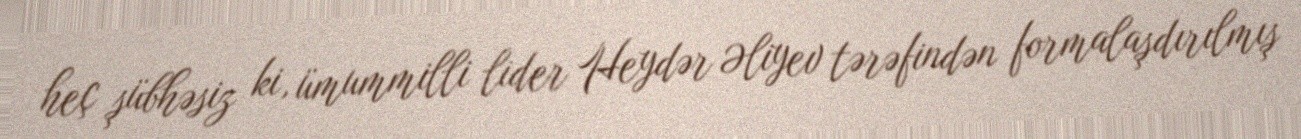
heç şübhəsiz ki, ümummilli lider Heydər Əliyev tərəfindən formalaşdırılmış